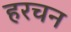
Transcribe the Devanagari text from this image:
हरचन